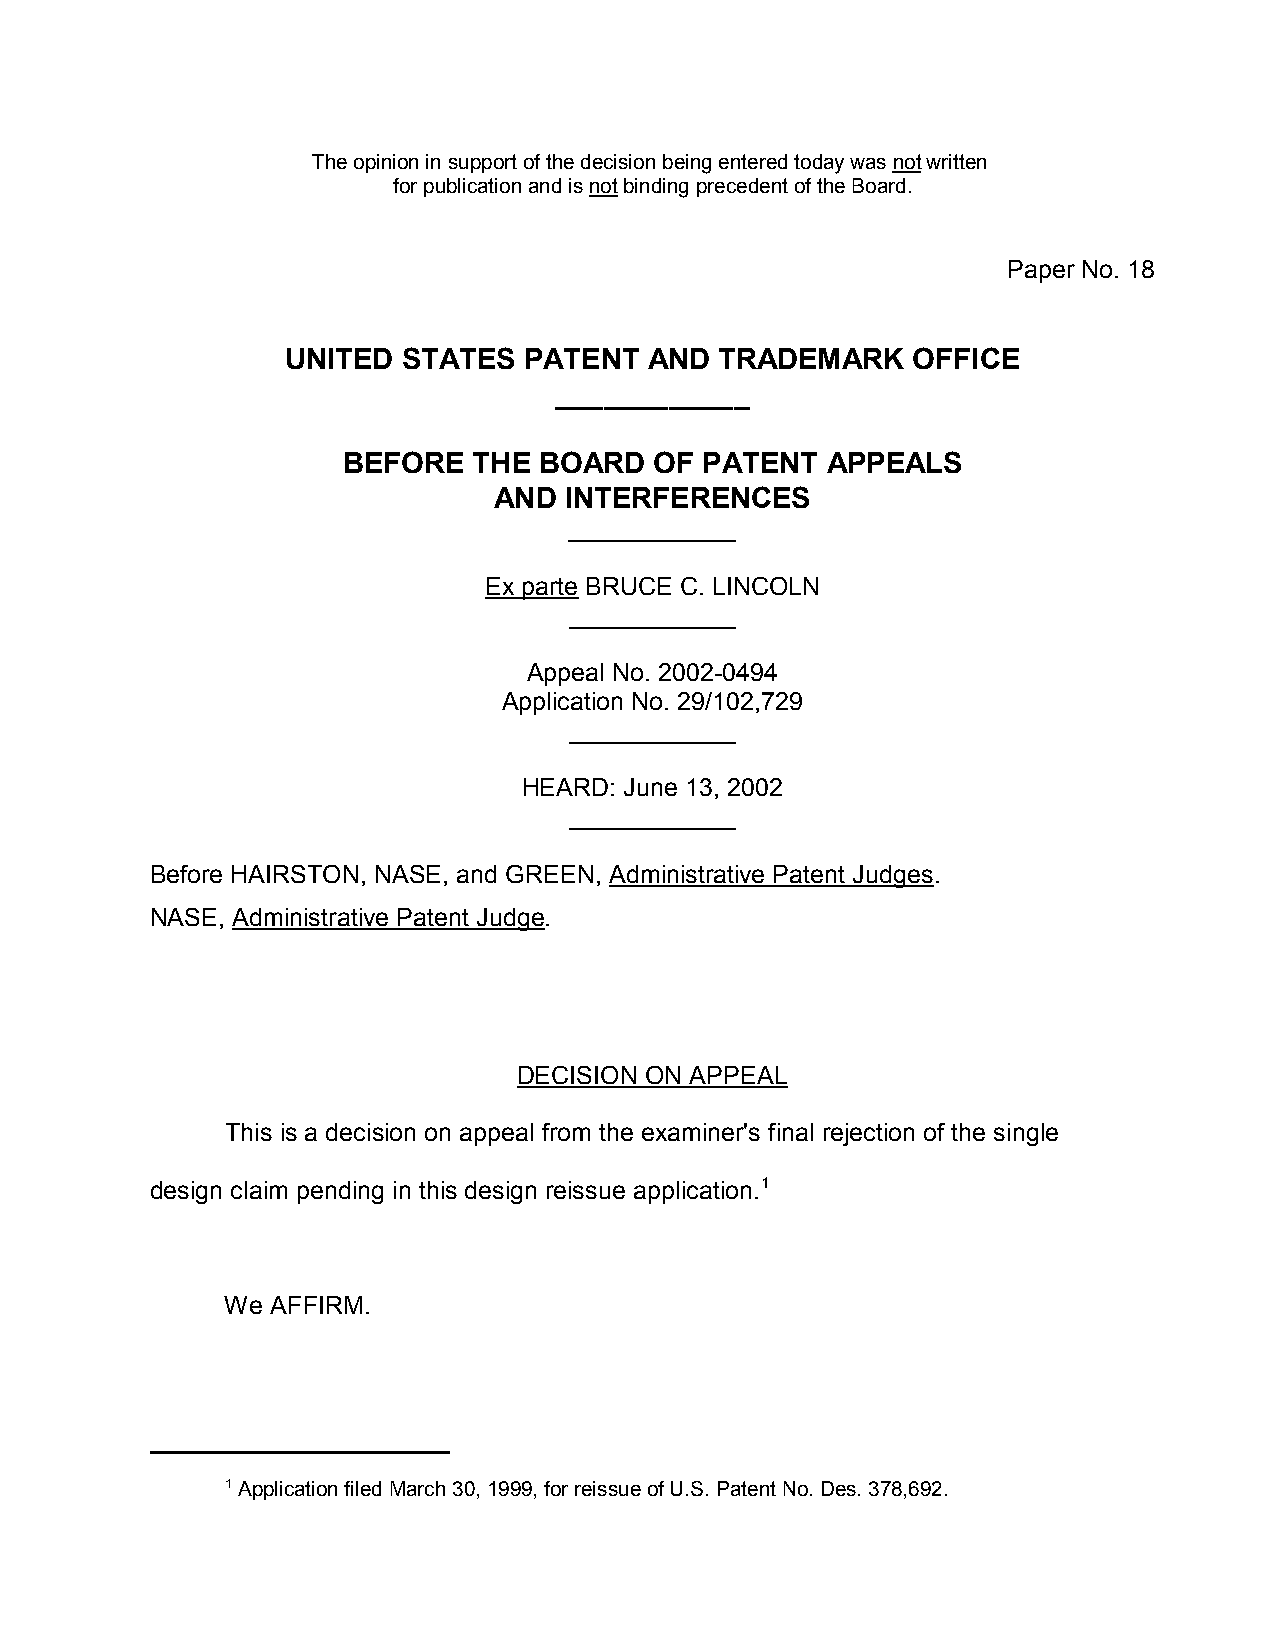
The opinion in support of the decision being entered today was not written
 for publication and is not binding precedent of the Board.
 Paper No. 18
 UNITED  STATES  PATENT  AND  TRADEMARK   OFFICE
 ____________
 BEFORE  THE  BOARD  OF  PATENT  APPEALS
 AND INTERFERENCES
 ____________
 Ex parte BRUCE C. LINCOLN
 ____________
 Appeal No. 2002-0494
 Application No. 29/102,729
 ____________
 HEARD: June 13, 2002
 ____________
 Before HAIRSTON, NASE, and GREEN, Administrative Patent Judges.
 NASE, Administrative Patent Judge.
 DECISION ON APPEAL
 This is a decision on appeal from the examiner's final rejection of the single
 design claim pending in this design reissue application.1
 We AFFIRM.
 1 Application filed March 30, 1999, for reissue of U.S. Patent No. Des. 378,692.